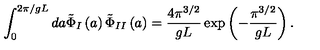
\int _ { 0 } ^ { 2 \pi / g L } d a \tilde { \Phi } _ { I } \left( a \right) \tilde { \Phi } _ { I I } \left( a \right) = \frac { 4 \pi ^ { 3 / 2 } } { g L } \exp \left( - \frac { \pi ^ { 3 / 2 } } { g L } \right) .